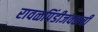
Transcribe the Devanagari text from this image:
रावळपिंडीजवळची